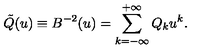
\tilde { Q } ( u ) \equiv B ^ { - 2 } ( u ) = \sum _ { k = - \infty } ^ { + \infty } Q _ { k } u ^ { k } .